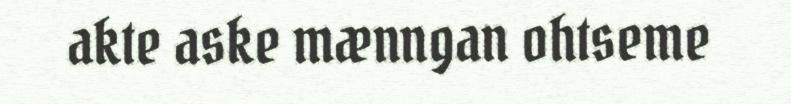
akte aske mænngan ohtseme